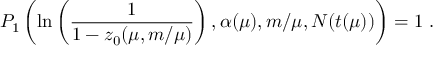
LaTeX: P _ { 1 } \left( \ln \left( { \frac { 1 } { 1 - z _ { 0 } ( \mu , m / \mu ) } } \right) , \alpha ( \mu ) , m / \mu , N ( t ( \mu ) ) \right) = 1 \ .